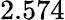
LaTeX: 2.574